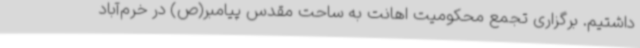
داشتیم. برگزاری تجمع محکومیت اهانت به ساحت مقدس پیامبر(ص) در خرم‌آباد